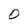
Character: O